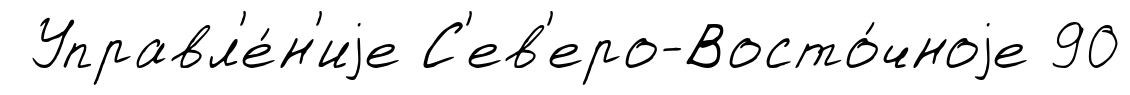
Управл'е́н'иjе С'ев'еро-Восто́чноjе 90